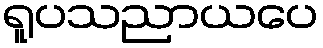
ရူပသညာယပေ